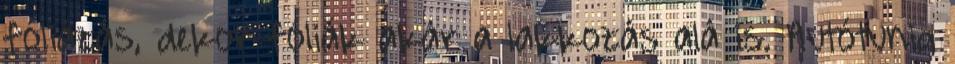
fóliázás, dekor fóliák akár a lakkozás alá is. Autótunig